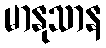
မာနုသာန